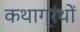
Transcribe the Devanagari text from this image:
कथाग्रंथों